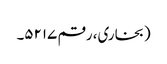
(بخاری، رقم ۵۲۱۷۔